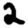
Digit: 2